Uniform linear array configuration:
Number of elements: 8
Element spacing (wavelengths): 0.5
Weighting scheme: binomial
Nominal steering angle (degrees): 0
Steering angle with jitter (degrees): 1.52
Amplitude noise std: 0.05
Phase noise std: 0.05

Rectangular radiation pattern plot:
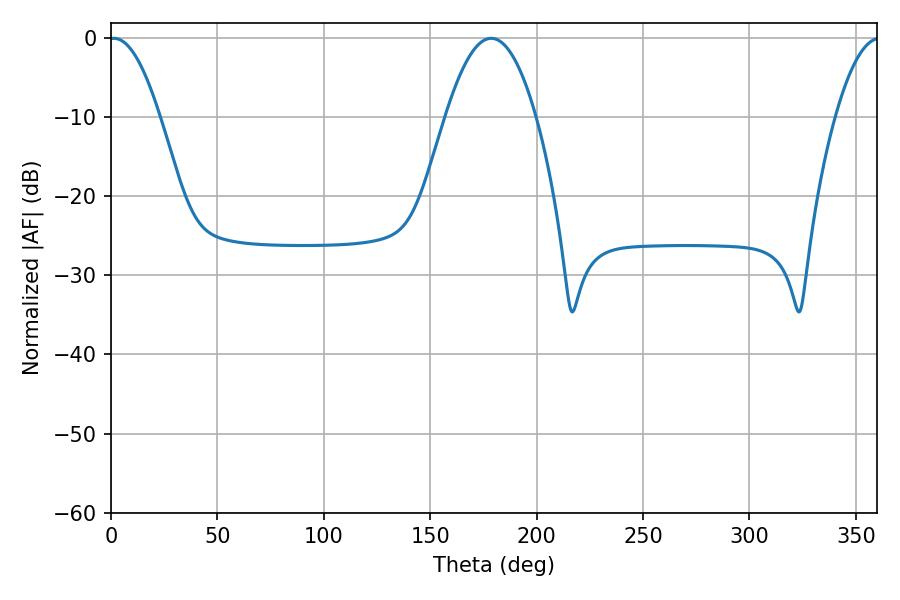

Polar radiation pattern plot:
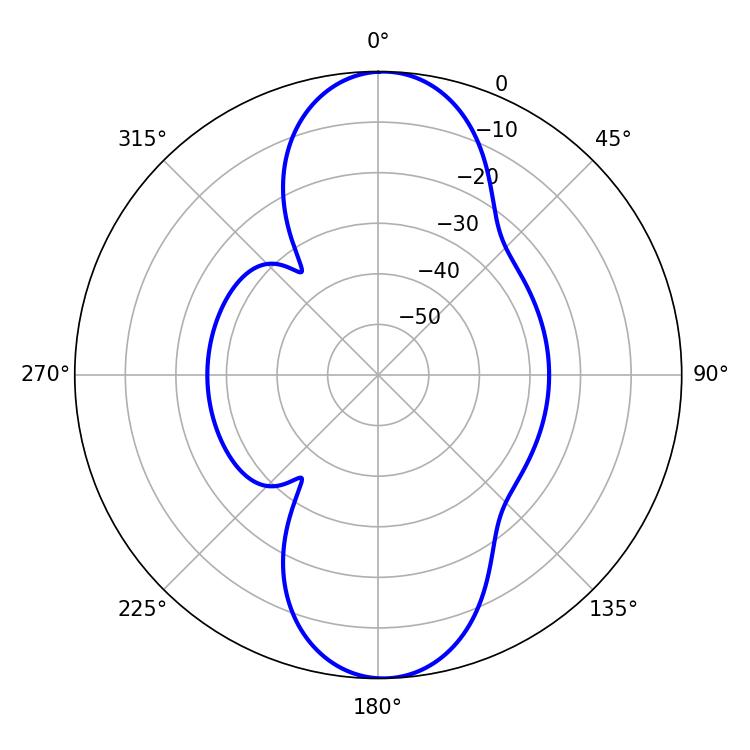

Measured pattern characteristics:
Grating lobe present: FALSE
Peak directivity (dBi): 18.866
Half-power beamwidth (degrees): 13.14
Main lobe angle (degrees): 1.26